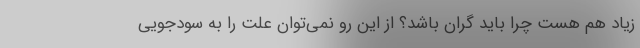
زیاد هم هست چرا باید گران باشد؟ از این رو نمی‌توان علت را به سودجویی